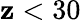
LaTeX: \mathbf{z}<30